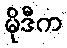
မိုဒီက